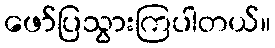
ဖော်ပြသွားကြပါတယ်။